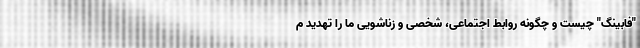
"فابینگ" چیست و چگونه روابط اجتماعی، شخصی و زناشویی ما را تهدید م